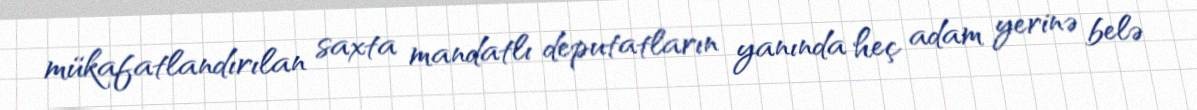
mükafatlandırılan saxta mandatlı deputatların yanında heç adam yerinə belə